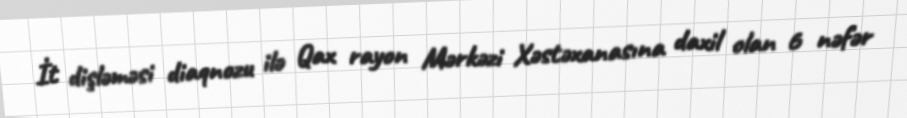
İt dişləməsi diaqnozu ilə Qax rayon Mərkəzi Xəstəxanasına daxil olan 6 nəfər